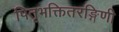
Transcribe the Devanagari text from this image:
पितृभक्तितरङ्गिणी